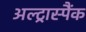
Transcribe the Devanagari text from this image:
अल्ट्रास्पैंक